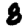
Digit: 8